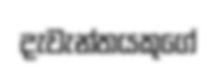
දැවැන්තයකුගේ